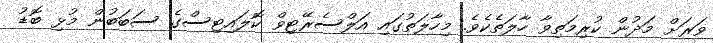
ވަރަށް މަދުން ކުރިމަތިވާ ހާލަތެކެވެ. މިހާލަތުގައި އަލްސެރޭޓިވް ކޮލައިޓިސްގެ ސަބަބުން މުޅި ބޮޑު